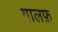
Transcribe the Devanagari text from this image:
गालफ़